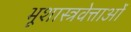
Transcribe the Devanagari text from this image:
भूशास्त्रवेत्ताओं